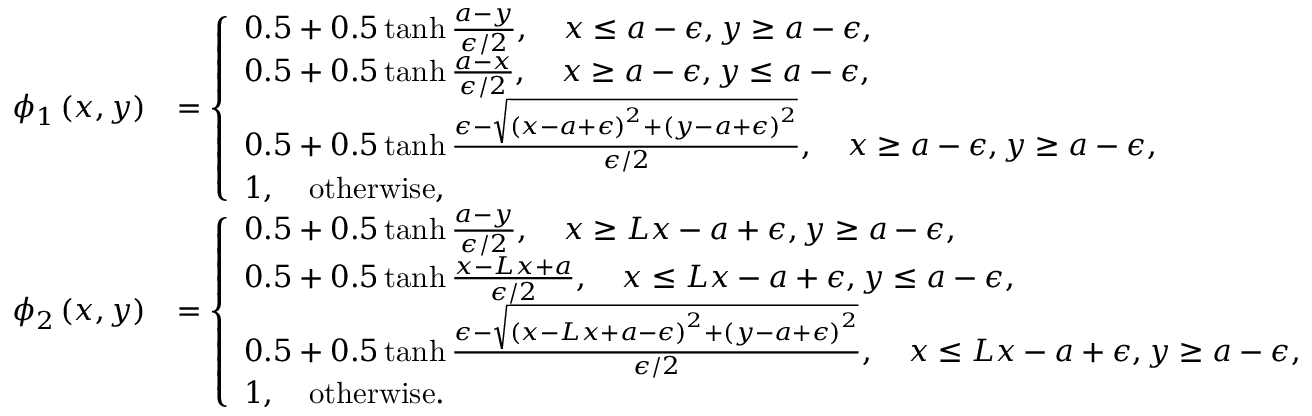
\begin{array} { r l } { \phi _ { 1 } \left( x , y \right) } & { = \left\{ \begin{array} { l l } { 0 . 5 + 0 . 5 \operatorname { t a n h } \frac { a - y } { \epsilon / 2 } , \quad x \leq a - \epsilon , y \geq a - \epsilon , } \\ { 0 . 5 + 0 . 5 \operatorname { t a n h } \frac { a - x } { \epsilon / 2 } , \quad x \geq a - \epsilon , y \leq a - \epsilon , } \\ { 0 . 5 + 0 . 5 \operatorname { t a n h } \frac { \epsilon - \sqrt { \left( x - a + \epsilon \right) ^ { 2 } + \left( y - a + \epsilon \right) ^ { 2 } } } { \epsilon / 2 } , \quad x \geq a - \epsilon , y \geq a - \epsilon , } \\ { 1 , \quad \mathrm { o t h e r w i s e } , } \end{array} \right. } \\ { \phi _ { 2 } \left( x , y \right) } & { = \left\{ \begin{array} { l l } { 0 . 5 + 0 . 5 \operatorname { t a n h } \frac { a - y } { \epsilon / 2 } , \quad x \geq L x - a + \epsilon , y \geq a - \epsilon , } \\ { 0 . 5 + 0 . 5 \operatorname { t a n h } \frac { x - L x + a } { \epsilon / 2 } , \quad x \leq L x - a + \epsilon , y \leq a - \epsilon , } \\ { 0 . 5 + 0 . 5 \operatorname { t a n h } \frac { \epsilon - \sqrt { \left( x - L x + a - \epsilon \right) ^ { 2 } + \left( y - a + \epsilon \right) ^ { 2 } } } { \epsilon / 2 } , \quad x \leq L x - a + \epsilon , y \geq a - \epsilon , } \\ { 1 , \quad \mathrm { o t h e r w i s e } . } \end{array} \right. } \end{array}